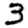
Digit: 3